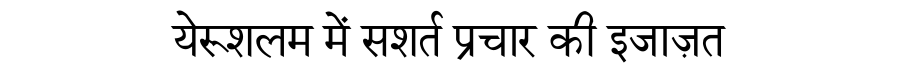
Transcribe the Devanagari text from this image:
येरूशलम में सशर्त प्रचार की इजाज़त